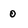
Character: 0